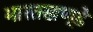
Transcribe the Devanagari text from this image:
भारतखण्डे